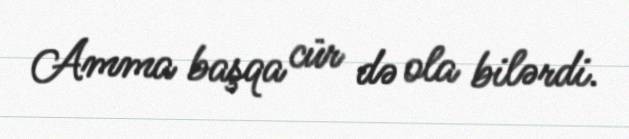
Amma başqa cür də ola bilərdi.